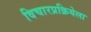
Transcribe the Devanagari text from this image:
विचारप्रक्रियेला